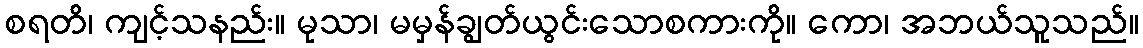
စရတိ၊ ကျင့်သနည်း။ မုသာ၊ မမှန်ချွတ်ယွင်းသောစကားကို။ ကော၊ အဘယ်သူသည်။